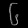
Digit: ၆